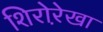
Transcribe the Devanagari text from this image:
शिरोरे़खा